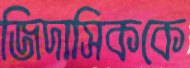
জিদাসিককে